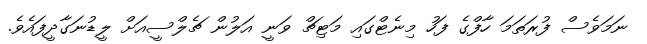
ނަމަވެސް ފުރަތަމަ ހާފްގެ ފަހު މިނެޓްގައި މަޓިޗް ވަނީ އަލުން ޗެލްސީއަށް ލީޑުނަގާދީފައެވެ.